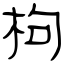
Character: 枸